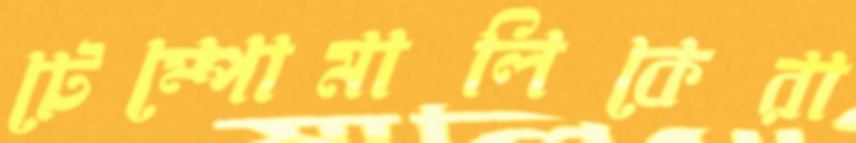
টেম্পোমালিকেরা